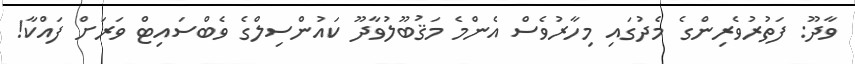
ވާދޫ: ފަތުރުވެރިންގެ މެދުގައި މިހާރުވެސް އެންމެ މަޤުބޫލުވާދޫ ކައުންސިލްގެ ވެބްސައިޓް ވަރަށް ފައްކާ!